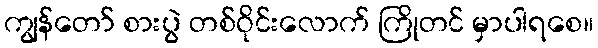
ကျွန်တော် စားပွဲ တစ်ဝိုင်းလောက် ကြိုတင် မှာပါရစေ။